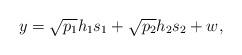
LaTeX: \begin{align*}y=\sqrt{p_1}h_1s_1+\sqrt{p_2}h_2s_2+w,\end{align*}